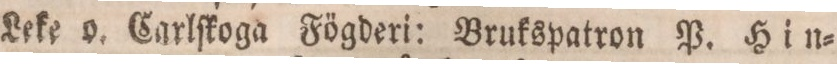
Leke o. Carlſkoga Fögderi: Brukspatron P. Hin=